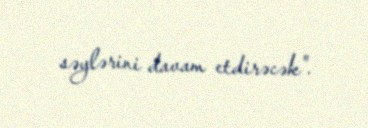
səylərini davam etdirəcək".